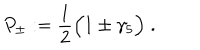
P _ { \pm } : = \frac { 1 } { 2 } \Big ( 1 \pm \gamma _ { 5 } \Big ) \; .